Indian journal of veterinary science and animal husbandry - Volume 10,
Year: 1940
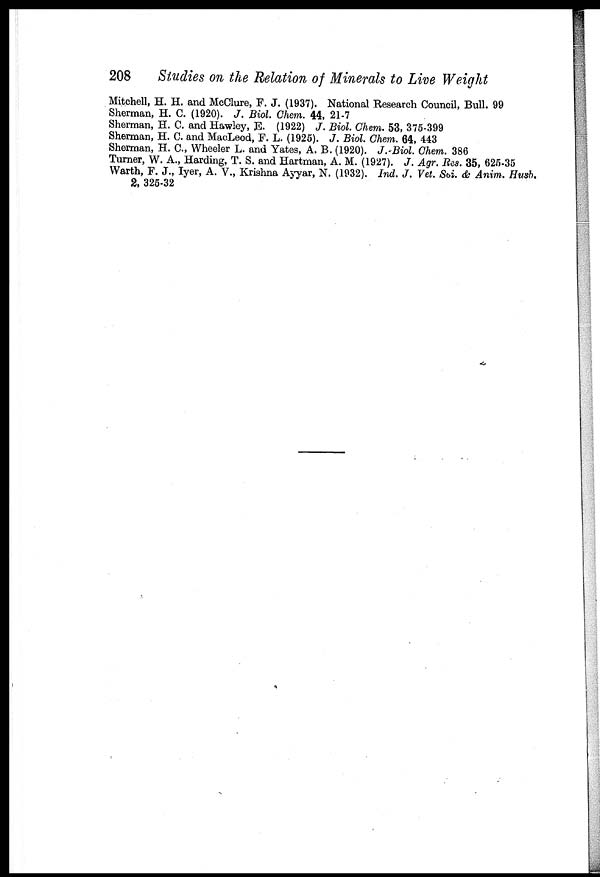
208
Studies on the Relation of Minerals to Live Weight
Mitchell, H. H. and McClure, F. J. (1937). National Research Council, Bull. 99
Sherman, H. C. (1920). J. Biol. Chem. 44, 21-7
Sherman, H. C. and Hawley, E. (1922) J. Biol. Chem. 53, 375-399
Sherman, H. C. and MacLeod, F. L. (1925). J. Biol. Chem. 64, 443
Sherman, H. C., Wheeler L. and Yates, A. B. (1920). J. Biol. Chem. 386
Turner, W. A., Harding, T. S. and Hartman, A. M. (1927). J. Agr. Res. 35, 625-35
Warth, F. J., Iyer, A. V., Krishna Ayyar, N. (1932). Ind. J. Vet. Sci. & Anim. Husb.
2, 325-32